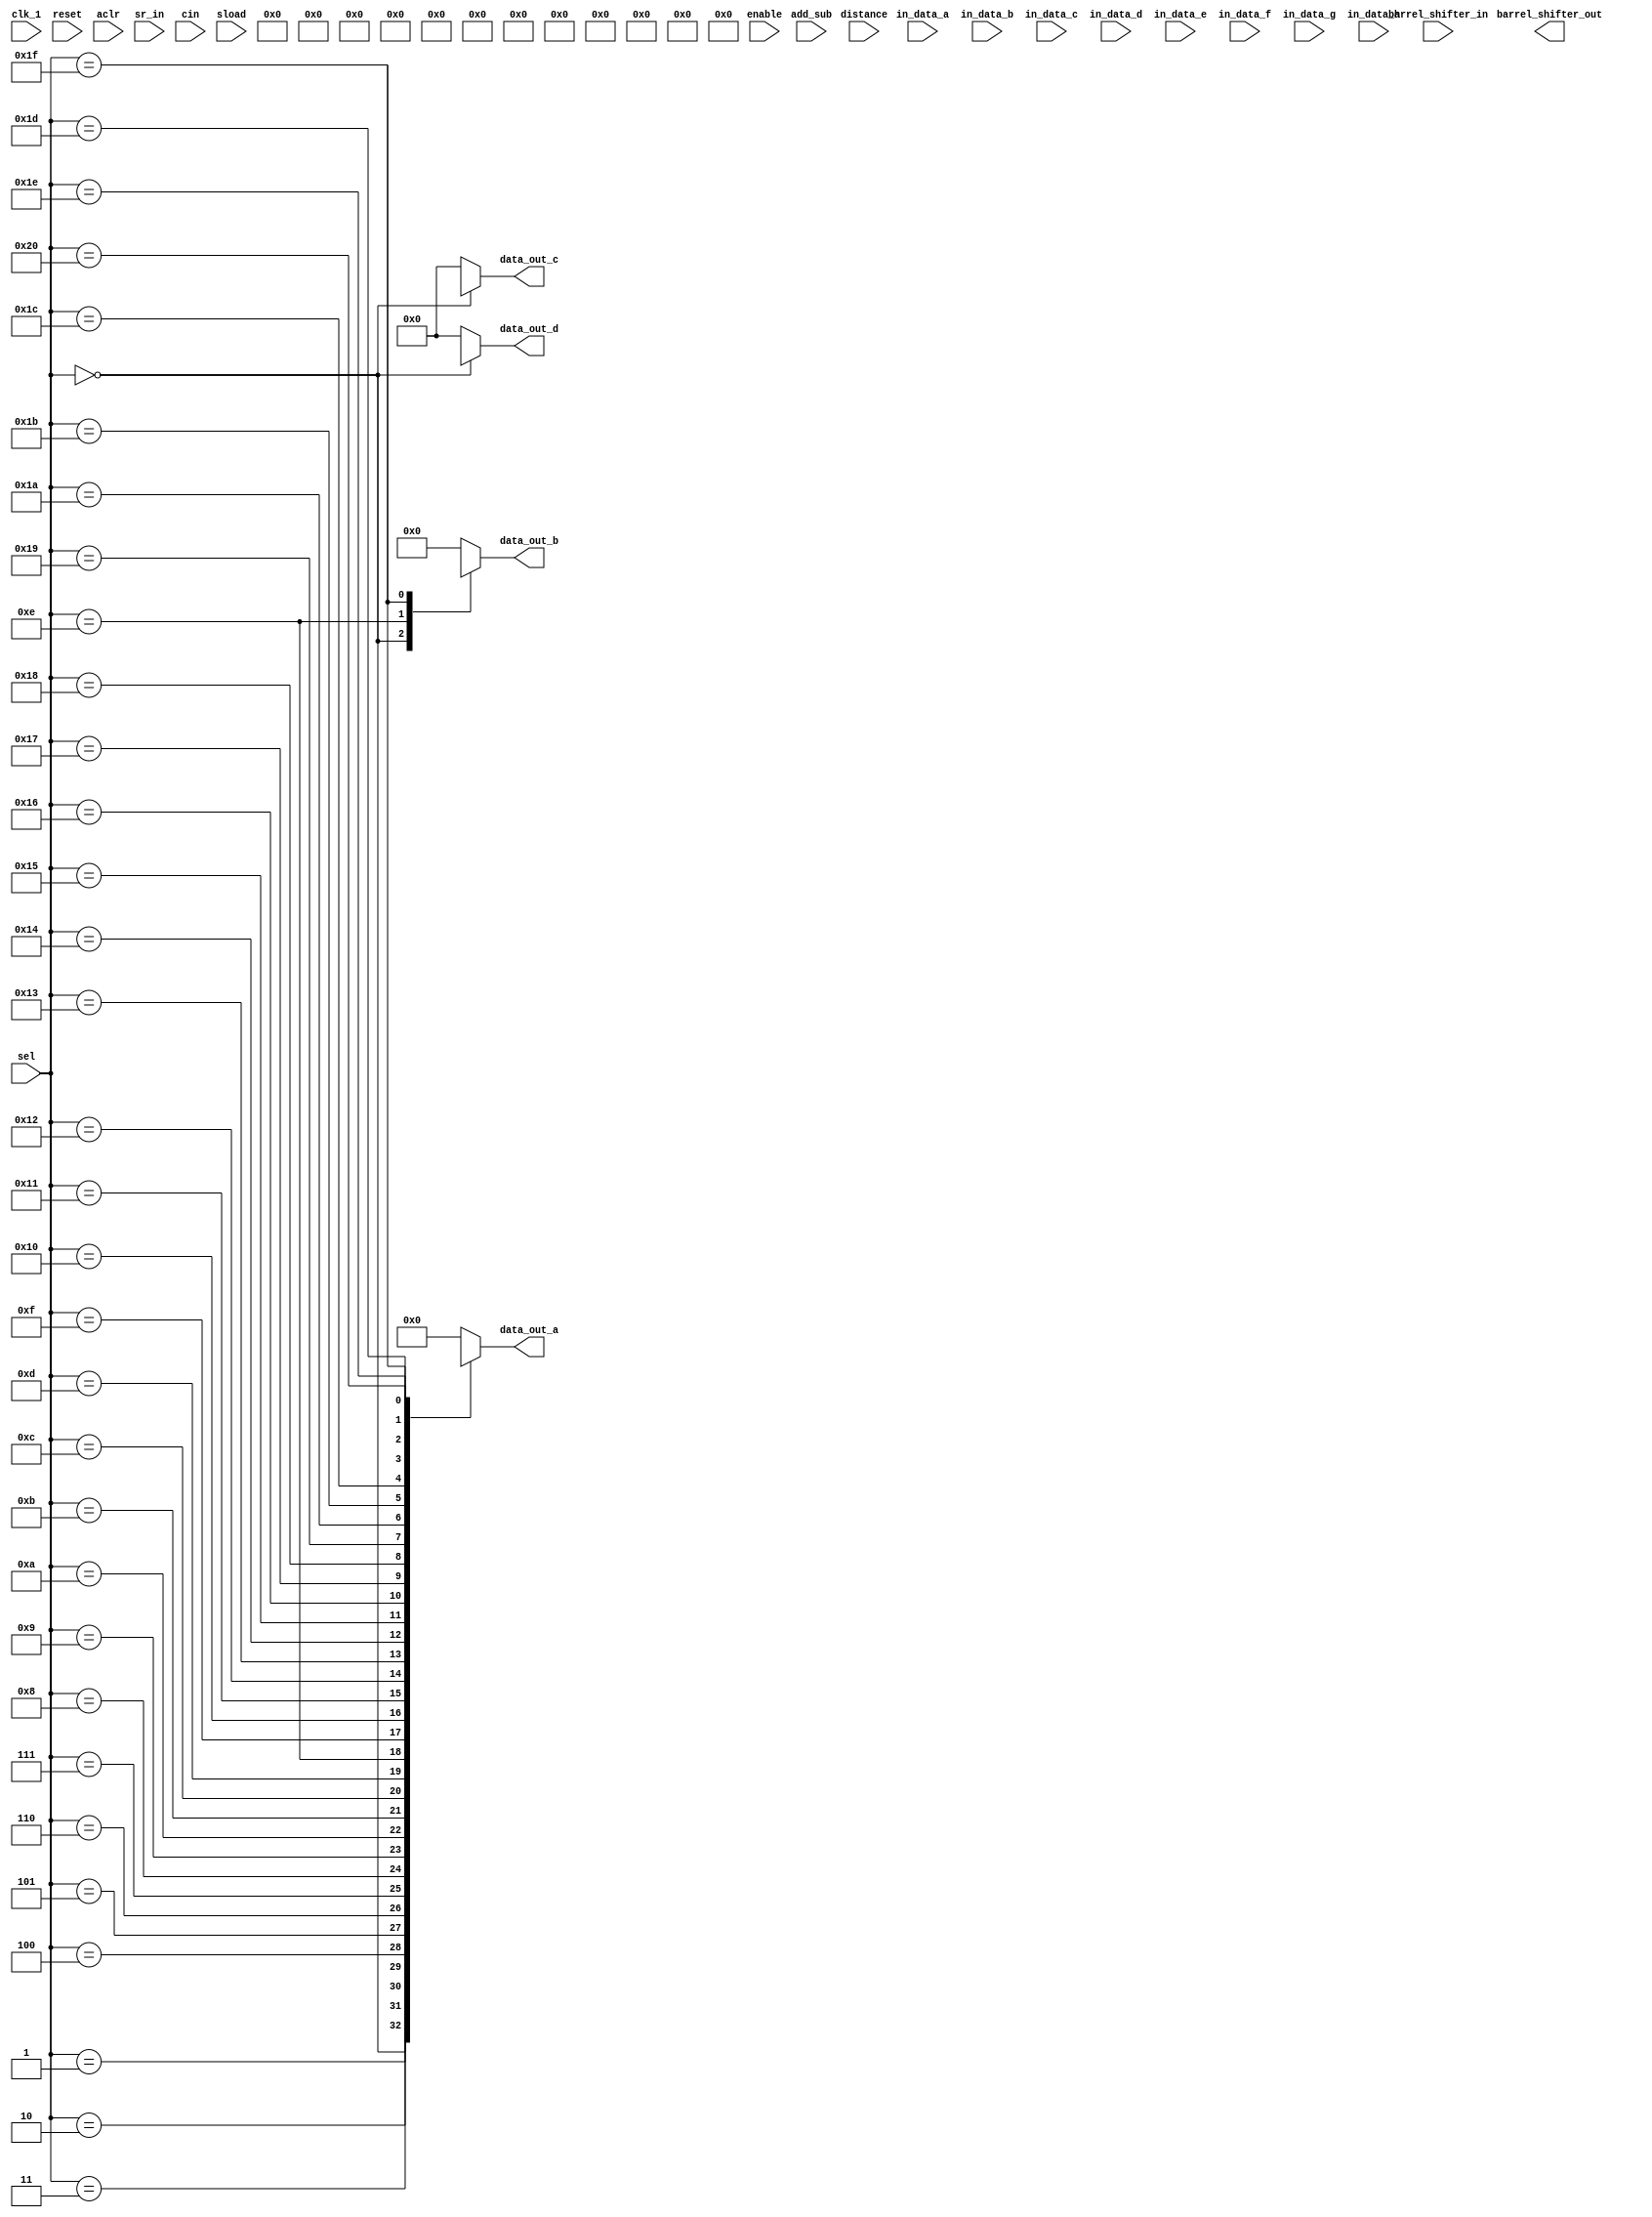
module dsp_test (
	// Input Ports
	input clk_1,
	input enable,
	input reset,
	input aclr,
	input sr_in,
	input cin,
	input add_sub,
	input sload,
	
	input [7:0] distance,
	input [6:0] sel,

	input [35:0] in_data_a,
	input [35:0] in_data_b,
	input [17:0] in_data_c,
	input [17:0] in_data_d,
	input [17:0] in_data_e,
	input [17:0] in_data_f,
	input [17:0] in_data_g,
	input [17:0] in_data_h,
	input [31:0] barrel_shifter_in,
	
	// Output Ports
	output [31:0] barrel_shifter_out,
	output reg [71:0] data_out_a,
	output reg [35:0] data_out_b,
	output reg [7:0] data_out_c,
	output reg [7:0] data_out_d
	
);

wire out_data_a_000;
wire out_data_a_001;

wire [7:0] out_data_a_003;
wire [7:0] out_data_b_003;
wire [7:0] out_data_c_003;
wire [7:0] out_data_d_003;

wire [16:0] out_data_a_004;
wire [16:0] out_data_a_004a;
wire [16:0] out_data_a_005;
wire [16:0] out_data_a_006;
wire [15:0] out_data_a_007;
wire [63:0] out_data_a_008;
wire [63:0] out_data_a_009;
wire [31:0] out_data_a_010;
wire [7:0] out_data_a_011;
wire [15:0] out_data_a_012;
wire [23:0] out_data_a_013;
wire [35:0] out_data_a_014;
wire [17:0] out_data_a_015;
wire [35:0] out_data_a_016;
wire [35:0] out_data_b_016;
wire [15:0] out_data_a_017a;
wire [17:0] out_data_a_017b;
wire [35:0] out_data_a_017c;
wire [23:0] out_data_a_018a;
wire [71:0] out_data_a_018b;
wire [43:0] out_data_a_019;
wire [31:0] out_data_a_020;
wire [37:0] out_data_a_021;
wire [32:0] out_data_a_022;
wire [37:0] out_data_a_023;
wire [37:0] out_data_a_024;
wire [54:0] out_data_a_025;
wire [43:0] out_data_a_026;
wire [35:0] out_data_a_027;
wire [43:0] out_data_a_028;
wire [17:0] out_data_b_028;
wire [31:0] out_data_a_029;

//Massive Mux to prevent outputs from being optimized away
	/* Output select mux */
	always@(*) begin
		case(sel)
		0: begin
			data_out_a <= out_data_a_003;
			data_out_b <= out_data_b_003;
			data_out_c <= out_data_c_003;
			data_out_d <= out_data_d_003;
		end
		1: begin
			data_out_a <= out_data_a_004;
			data_out_b <= 0;
			data_out_c <= 0;
			data_out_d <= 0;
		end
		2: begin
			data_out_a <= out_data_a_004a;
			data_out_b <= 0;
			data_out_c <= 0;
			data_out_d <= 0;
		end
		3: begin
			data_out_a <= out_data_a_005;
			data_out_b <= 0;
			data_out_c <= 0;
			data_out_d <= 0;
		end
		4: begin
			data_out_a <= out_data_a_006;
			data_out_b <= 0;
			data_out_c <= 0;
			data_out_d <= 0;
		end
		5: begin
			data_out_a <= out_data_a_007;
			data_out_b <= 0;
			data_out_c <= 0;
			data_out_d <= 0;
		end
		6: begin
			data_out_a <= out_data_a_008;
			data_out_b <= 0;
			data_out_c <= 0;
			data_out_d <= 0;
		end
		7: begin
			data_out_a <= out_data_a_009;
			data_out_b <= 0;
			data_out_c <= 0;
			data_out_d <= 0;
		end
		8: begin
			data_out_a <= out_data_a_010;
			data_out_b <= 0;
			data_out_c <= 0;
			data_out_d <= 0;
		end
		9: begin
			data_out_a <= out_data_a_011;
			data_out_b <= 0;
			data_out_c <= 0;
			data_out_d <= 0;
		end 

		10: begin
			data_out_a <= out_data_a_012;
			data_out_b <= 0;
			data_out_c <= 0;
			data_out_d <= 0;
		end
		11: begin
			data_out_a <= out_data_a_013;
			data_out_b <= 0;
			data_out_c <= 0;
			data_out_d <= 0;
		end
		12: begin
			data_out_a <= out_data_a_014;
			data_out_b <= 0;
			data_out_c <= 0;
			data_out_d <= 0;
		end
		13: begin
			data_out_a <= out_data_a_015;
			data_out_b <= 0;
			data_out_c <= 0;
			data_out_d <= 0;
		end
		14: begin
			data_out_a <= out_data_a_016;
			data_out_b <= out_data_b_016;
			data_out_c <= 0;
			data_out_d <= 0;
		end
		15: begin
			data_out_a <= out_data_a_017a;
			data_out_b <= 0;
			data_out_c <= 0;
			data_out_d <= 0;
		end
		16: begin
			data_out_a <= out_data_a_017b;
			data_out_b <= 0;
			data_out_c <= 0;
			data_out_d <= 0;
		end
		17: begin
			data_out_a <= out_data_a_017c;
			data_out_b <= 0;
			data_out_c <= 0;
			data_out_d <= 0;
		end
		18: begin
			data_out_a <= out_data_a_018a;
			data_out_b <= 0;
			data_out_c <= 0;
			data_out_d <= 0;
		end
		19: begin
			data_out_a <= out_data_a_018b;
			data_out_b <= 0;
			data_out_c <= 0;
			data_out_d <= 0;
		end
		20: begin
			data_out_a <= out_data_a_019;
			data_out_b <= 0;
			data_out_c <= 0;
			data_out_d <= 0;
		end
		21: begin
			data_out_a <= out_data_a_020;
			data_out_b <= 0;
			data_out_c <= 0;
			data_out_d <= 0;
		end
		22: begin
			data_out_a <= out_data_a_021;
			data_out_b <= 0;
			data_out_c <= 0;
			data_out_d <= 0;
		end
		23: begin
			data_out_a <= out_data_a_022;
			data_out_b <= 0;
			data_out_c <= 0;
			data_out_d <= 0;
		end
		24: begin
			data_out_a <= out_data_a_023;
			data_out_b <= 0;
			data_out_c <= 0;
			data_out_d <= 0;
		end	
		25: begin
			data_out_a <= out_data_a_024;
			data_out_b <= 0;
			data_out_c <= 0;
			data_out_d <= 0;
		end	
		26: begin
			data_out_a <= out_data_a_000;
			data_out_b <= 0;
			data_out_c <= 0;
			data_out_d <= 0;
		end	
		27: begin
			data_out_a <= out_data_a_001;
			data_out_b <= 0;
			data_out_c <= 0;
			data_out_d <= 0;
		end	
		28: begin
			data_out_a <= out_data_a_025;
			data_out_b <= 0;
			data_out_c <= 0;
			data_out_d <= 0;
		end
		29: begin
			data_out_a <= out_data_a_026;
			data_out_b <= 0;
			data_out_c <= 0;
			data_out_d <= 0;
		end
		30: begin
			data_out_a <= out_data_a_027;
			data_out_b <= 0;
			data_out_c <= 0;
			data_out_d <= 0;
		end
		31: begin
			data_out_a <= out_data_a_028;
			data_out_b <= out_data_b_028;
			data_out_c <= 0;
			data_out_d <= 0;
		end
		32: begin
			data_out_a <= out_data_a_029;
			data_out_b <= 0;
			data_out_c <= 0;
			data_out_d <= 0;
		end
		default: begin
			data_out_a <= 0;
			data_out_b <= 0;
			data_out_c <= 0;
			data_out_d <= 0;
		end
		endcase

	end




	// Module Item(s)
`ifdef SHIFT
	basic_shift_register #(.N(256)) inst000 (
		.clk		(clk_1),
		.enable	(enable),
		.sr_in	(sr_in),
		.sr_out	(out_data_a_000)
	);
	`ifdef BARREL_SHIFTER
	basic_shift_register_asynchronous_reset #(.N(256)) inst001 (
		.clk	(clk_1),
		.enable	(enable),
		.reset	(reset),
		.sr_in	(sr_in),
		.sr_out	(out_data_a_001)
	);
	`endif //BARREL_SHIFTER
	
	barrel_shifter #(.M(8), .N(32)) inst002 (
		.data			(barrel_shifter_in),
		.distance	(distance),
		.clk			(clk_1),
		.enable		(enable),
		.shift_left	(sr_in),
		.sr_out		(barrel_shifter_out)
	);
	

	basic_shift_register_with_multiple_taps #(.WIDTH(8), .LENGTH(64)) inst003 (
		.clk				(clk_1), 
		.enable			(enable),
		.sr_in			(in_data_a[7:0]),
		.sr_tap_one		(out_data_a_003), 
		.sr_tap_two		(out_data_b_003), 
		.sr_tap_three	(out_data_c_003), 
		.sr_out			(out_data_d_003)
	);
	
		scanouta_chain inst028 (
		.clk			(clk_1),
		.dataa		(in_data_a[17:0]), 
		.datab		(in_data_b[17:0]), 
		.datac		(in_data_c[17:0]),
		.datad		(in_data_d[17:0]),
		.datae		(in_data_e[17:0]),
		.dataout		(out_data_a_028),
		.shiftouta	(out_data_b_028)
	);

	dsp_shift inst029 (
		.clk(clk_1), 
		.rotate(in_data_c[0]), 
		.shift_right(in_data_c[1]),
		.dataa(in_data_a[31:0]), 
		.datab(in_data_b[31:0]),
		.result(out_data_a_029)
	);
	
`endif //SHIFT
	

`ifdef ADD
	signed_adder #(.WIDTH(16)) inst004(
		.dataa	(in_data_a[15:0]),
		.datab	(in_data_b[15:0]),
		.cin		(cin),
		.result	(out_data_a_004[16:0])
	);
	unsigned_adder #(.WIDTH(16)) inst004a(
		.dataa	(in_data_a[15:0]),
		.datab	(in_data_b[15:0]),
		.cin		(cin),
		.result	(out_data_a_004a[16:0])
	);
	signed_adder_subtractor #(.WIDTH(16)) inst005 (
		.dataa	(in_data_a[15:0]),
		.datab	(in_data_b[15:0]),
		.add_sub	(add_sub),	  // if this is 1, add; else subtract
		.clk		(clk_1),
		.result	(out_data_a_005[16:0])
	);
	unsigned_adder_subtractor #(.WIDTH(16)) inst006 (
		.dataa	(in_data_a[15:0]),
		.datab	(in_data_b[15:0]),
		.add_sub	(add_sub),	  // if this is 1, add; else subtract
		.clk		(clk_1),
		.result	(out_data_a_006[16:0])
	);
	pipelined_binary_adder_tree #(.WIDTH(16)) inst007 (
		.A		(in_data_a[15:0]), 
		.B		(in_data_b[15:0]), 
		.C		(in_data_c[15:0]), 
		.D		(in_data_d[15:0]), 
		.E		(in_data_e[15:0]),
		.clk	(clk_1),
		.out	(out_data_a_007[15:0])
	);
`endif //ADD
	
`ifdef COUNT
	binary_counter #(.WIDTH(64)) inst008 (
		.clk		(clk_1), 
		.enable	(enable), 
		.reset	(reset),
		.count	(out_data_a_008[63:0])
	);
	binary_up_down_counter #(.WIDTH(64)) inst009 (
		.clk(clk_1), 
		.enable(enable), 
		.count_up(enable), 
		.reset(reset),
		.count(out_data_a_009[63:0])
	);
	binary_up_down_counter_with_saturation #(.WIDTH(32)) inst010 (
		.clk			(clk_1), 
		.enable		(enable), 
		.count_up	(enable), 
		.reset		(reset),
		.count		(out_data_a_010[31:0])
	);
	gray_counter #(.WIDTH(8)) inst011 (
		.clk			(clk_1), 
		.enable		(enable), 
		.reset		(reset),
		.gray_count	(out_data_a_011[7:0])
	);

`endif //COUNT

`ifdef MULT

	unsigned_multiply #(.WIDTH(8)) inst012 (
		.dataa	(in_data_a[7:0]),
		.datab	(in_data_b[7:0]),
		.dataout	(out_data_a_012[15:0])
	);
	signed_multiply #(.WIDTH(12)) inst013 (
		.dataa	(in_data_a[11:0]),
		.datab	(in_data_b[11:0]),
		.dataout	(out_data_a_013[23:0])
	);
	unsigned_multiply_with_input_and_output_registers #(.WIDTH(18)) inst014 (
		.clk		(clk_1),
		.dataa	(in_data_a[17:0]),
		.datab	(in_data_b[17:0]),
		.dataout	(out_data_a_014[35:0])
	);
	signed_multiply_with_input_and_output_registers #(.WIDTH(9)) inst015 (
		.clk		(clk_1),
		.dataa	(in_data_a[8:0]),
		.datab	(in_data_b[8:0]),
		.dataout	(out_data_a_015[17:0])
	);
	multiplier_for_complex_numbers #(.WIDTH(18)) inst016 (
		.clk				(clk_1), 
		.ena				(enable),
		.dataa_real		(in_data_a[17:0]), 
		.dataa_img		(in_data_b[17:0]),
		.datab_real		(in_data_c[17:0]), 
		.datab_img		(in_data_d[17:0]),
		.dataout_real	(out_data_a_016[35:0]), 
		.dataout_img	(out_data_b_016[35:0])
	);

	two_mult_loopback inst027 (
		.clk(clk_1),
		.dataa(in_data_a[17:0]), 
		.datab(in_data_b[17:0]), 
		.datac(in_data_c[17:0]),
		.dataout(out_data_a_027)
	);
	
	
	`ifdef ACCUMULATE

	
	unsigned_multiply_accumulate #(.WIDTH(8)) inst017a (
		.clk			(clk_1), 
		.aclr			(aclr), 
		.clken		(enable), 
		.sload		(sload),
		.dataa		(in_data_a[7:0]),
		.datab		(in_data_a[7:0]),
		.adder_out	(out_data_a_017a[15:0])
	);
	unsigned_multiply_accumulate #(.WIDTH(9)) inst017b (
		.clk			(clk_1), 
		.aclr			(aclr), 
		.clken		(enable), 
		.sload		(sload),
		.dataa		(in_data_a[8:0]),
		.datab		(in_data_a[8:0]),
		.adder_out	(out_data_a_017b[17:0])
	);
	unsigned_multiply_accumulate #(.WIDTH(18)) inst017c (
		.clk			(clk_1), 
		.aclr			(aclr), 
		.clken		(enable), 
		.sload		(sload),
		.dataa		(in_data_a[17:0]),
		.datab		(in_data_a[17:0]),
		.adder_out	(out_data_a_017c[35:0])
	);
	signed_multiply_accumulate #(.WIDTH(12)) inst018a (
		.clk			(clk_1), 
		.aclr			(aclr), 
		.clken		(enable), 
		.sload		(sload),
		.dataa		(in_data_a[11:0]),
		.datab		(in_data_a[11:0]),
		.adder_out	(out_data_a_018a[23:0])
	);

	signed_multiply_accumulate #(.WIDTH(36)) inst018b (
		.clk			(clk_1), 
		.aclr			(aclr), 
		.clken		(enable), 
		.sload		(sload),
		.dataa		(in_data_a[35:0]),
		.datab		(in_data_a[35:0]),
		.adder_out	(out_data_a_018b[71:0])
	);

		`ifdef SUM_OF

	sum_of_four_multiply_accumulate #(.INPUT_WIDTH(18), .OUTPUT_WIDTH(44)) inst019(
		.clk		(clk_1), 
		.ena		(enable),
		.dataa	(in_data_a[17:0]), 
		.datab	(in_data_b[17:0]), 
		.datac	(in_data_c[17:0]), 
		.datad	(in_data_d[17:0]),
		.datae	(in_data_e[17:0]), 
		.dataf	(in_data_f[17:0]), 
		.datag	(in_data_g[17:0]), 
		.datah	(in_data_h[17:0]),
		.dataout	(out_data_a_019[43:0])
	);
	sum_of_four_multiply_accumulate_with_asynchronous_reset #(.INPUT_WIDTH(9), .OUTPUT_WIDTH(32)) inst020(
		.clk		(clk_1), 
		.ena		(enable),
		.aclr		(aclr),
		.dataa	(in_data_a[8:0]), 
		.datab	(in_data_b[8:0]), 
		.datac	(in_data_c[8:0]), 
		.datad	(in_data_d[8:0]),
		.datae	(in_data_e[8:0]), 
		.dataf	(in_data_f[8:0]), 
		.datag	(in_data_g[8:0]), 
		.datah	(in_data_h[8:0]),
		.dataout	(out_data_a_020[31:0])
	);

		`endif //SUM_OF
	
	`endif //ACCUMULATE

	`ifdef SUM_OF

	sum_of_four_multipliers #(.WIDTH(18)) inst021 (
		.clk		(clk_1), 
		.ena		(enable),
		.dataa	(in_data_a[17:0]), 
		.datab	(in_data_b[17:0]), 
		.datac	(in_data_c[17:0]), 
		.datad	(in_data_d[17:0]),
		.datae	(in_data_e[17:0]), 
		.dataf	(in_data_f[17:0]), 
		.datag	(in_data_g[17:0]), 
		.datah	(in_data_h[17:0]),
		.dataout	(out_data_a_021[37:0])
	);
	
	sum_of_two_multipliers_pipeline #(.WIDTH(16)) inst022 (
		.clock	(clk_1), 
		.aclr		(aclr),
		.dataa	(in_data_a[15:0]), 
		.datab	(in_data_b[15:0]), 
		.datac	(in_data_c[15:0]), 
		.datad	(in_data_d[15:0]),
		.result	(out_data_a_022[32:0])
	);
	

	sum_of_four_multipliers_scan_chain #(.WIDTH(18)) inst023 (
		.clk		(clk_1), 
		.ena		(enable),
		.dataa	(in_data_a[17:0]), 
		.datab0	(in_data_b[17:0]), 
		.datab1	(in_data_c[17:0]), 
		.datab2	(in_data_d[17:0]), 
		.datab3	(in_data_e[17:0]),
		.dataout	(out_data_a_023[37:0])
	);
	
	sum_of_eight_multipliers_chainout #(.WIDTH(18)) inst024 (
		.clk		(clk_1), 
		.ena		(enable),
		.a0		(in_data_h[17:0]), 
		.a1		(in_data_g[17:0]), 
		.a2		(in_data_f[17:0]), 
		.a3		(in_data_e[17:0]), 
		.a4		(in_data_d[17:0]), 
		.a5		(in_data_c[17:0]), 
		.a6		(in_data_b[17:0]),	 
		.a7		(in_data_a[17:0]),
		.b0		(in_data_a[17:0]), 
		.b1		(in_data_b[17:0]), 
		.b2		(in_data_c[17:0]), 
		.b3		(in_data_d[17:0]), 
		.b4		(in_data_e[17:0]), 
		.b5		(in_data_f[17:0]), 
		.b6		(in_data_g[17:0]), 
		.b7		(in_data_h[17:0]),
		.dataout	(out_data_a_024[37:0])
	);

	
	sum_of_two_multipliers_wide_datapath #(.WIDTH_A(36), .WIDTH_B(18)) inst025 (
		.clk		(clk_1), 
		.ena		(enable),
		.a0		(in_data_a[35:0]), 
		.a1		(in_data_b[35:0]),
		.b0		(in_data_c[17:0]), 
		.b1		(in_data_d[17:0]),
		.dataout	(out_data_a_025[54:0])
	);
	
	sum_of_four_multiply_accumulate_chainout inst026 (
		.clk			(clk_1),
		.dataa		(in_data_a[17:0]), 
		.datab		(in_data_a[17:0]), 
		.datac		(in_data_a[17:0]), 
		.datad		(in_data_a[17:0]),
		.datae		(in_data_a[17:0]), 
		.dataf		(in_data_a[17:0]), 
		.datag		(in_data_a[17:0]), 
		.datah		(in_data_a[17:0]),
		.dataout		(out_data_a_026)
	);
 
	
	`endif //SUM_OF

`endif //MULT



endmodule